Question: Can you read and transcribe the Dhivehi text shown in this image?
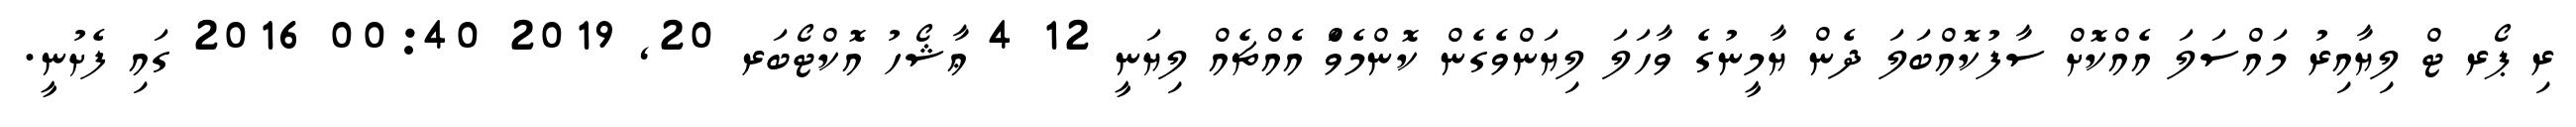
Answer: ރި ޕޯރ ޓް ލިޔާއިރު މައްސަލަ އެއްކޮށް ސާފުކޮއްބަލަ ދެން ޔާމީނުގެ ވާހަލަ ލިޔަންވެގެން ކޮންމެވެަް އެއްޗެއް ލިޔަނީ 12 4 ޢާޝޯހު އޮކްޓޯބަރ 20, 2019 00:40 2016 ގައި ފެށުނީ.